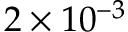
2 \times 1 0 ^ { - 3 }